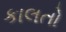
કાલતો